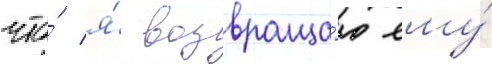
что́ я́ возвраща́ю ему́